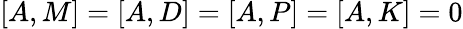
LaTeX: [A,M]=[A,D]=[A,P]=[A,K]=0